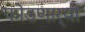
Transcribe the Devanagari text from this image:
फोडणार्‍या